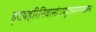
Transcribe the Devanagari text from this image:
हृदयहरिनिवासोऽप्युत्तरारण्यवासः